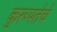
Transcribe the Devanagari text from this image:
कुरूपतेचे